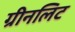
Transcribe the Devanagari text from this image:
ग्रीनलिट